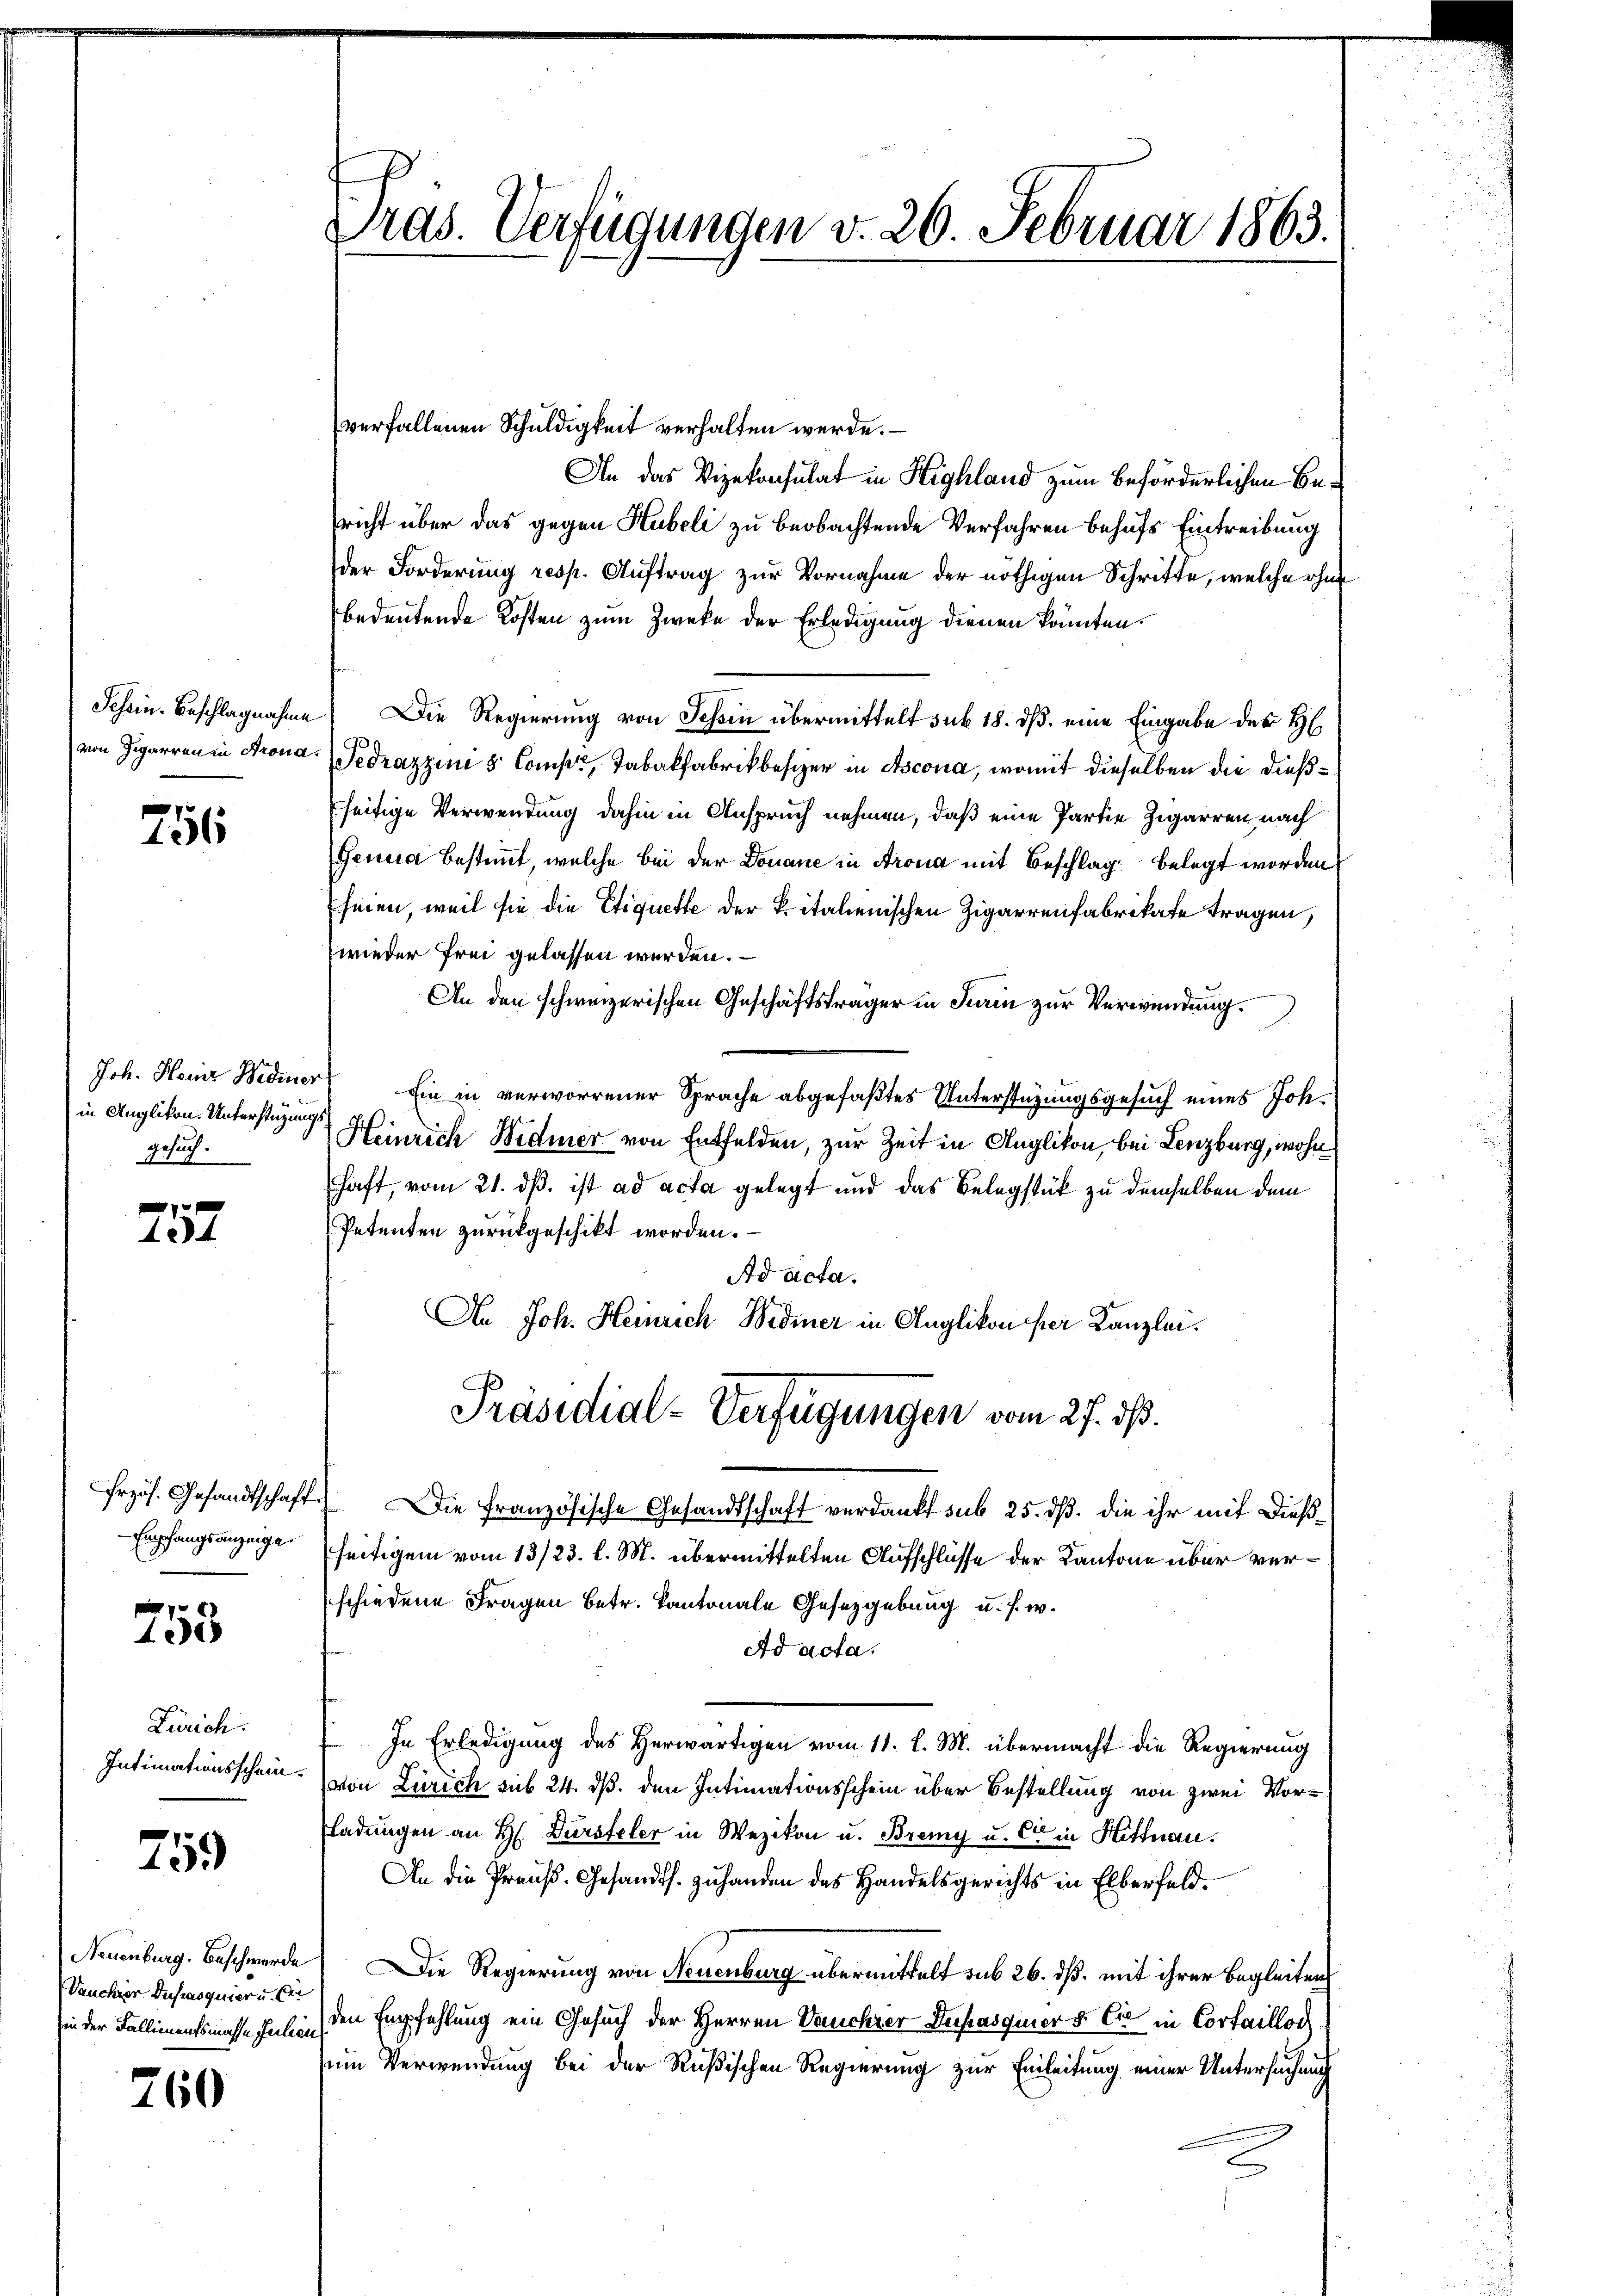
Schein. Beschlagnahme
von Zigarren in Krona.

756

in Anglikon. Unterstüzungsgesuch.

0 x
424

Erzös. Gesandtschaft.
Empfangsanzeige.

758

Zürich.
Intimationsschein.

259

Neuenburg. Beschwerde
Vanchior Dusiasquier u. der
in der Fallienaufsmasse Julier

760

Pras. Verfügunden v. 26. Februar 1863.

verfallenen Schuldigkeit verhalten werde.
An das Vizekonsulat in Highland zum Beförderlichen Bericht über das gegen Hubeli zu beobachtende Verfahren behufs Eintreibung
der Forderung resp. Auftrag zur Vornahme der nöthigen Schritte, welche ohne
bedeutende Kosten zum Zwecke der Erledigung dienen könnten.
Die Regierung von Schin übermittelt sub 18. ds. eine Eingabe der H
Fedrazzim 8 Comp., Tabakfabrikbesizer in Ascona, womit dieselben die dießseitige Verwendung dahin in Anspruch nehmen, daß eine Partie Zigarren nach
Genua bestimmt, welche bei der Donaue in Arona mit Beschlag belegt worden
seien, weil sie die Etiquette der Kitalienischen Zigarrenfabrikate tragen,
wieder frei gelassen werden.
An den schweizerischen Geschäftsträger in Turin zur Verwendung.
Joh. Heuer Wider Ein in verworrener Sprache abgefaßtes Unterstüzungsgesuch eines Joh.
Heinrich Widmer von Entfelden, zur Zeit in Anglikon, bei Lenzburg, wohn
haft, vom 21. dβ. ist ad acta gelegt und das Belegstück zu demselben dem
Petenten zurückgeschikt worden.
Ad acta.
An Joh. Heinrich Widmer in Anglikon her Kanzlei.
Präsidial-Verfügungen vom 27. dß.
Die Französische Gesandtschaft verdankt sub 25. dß. die ihr mit dießseitigem vom 13/23. l. M. übermittelten Aufschlüsse der Kantone über verschiedene Fragen betr. Kantonale Gesetzgebung u. s. w.
Ad acta.
In Erledigung des Herwärtigen vom 11. l. M. übermacht die Regierung
von Zürich sub 24. ds. den Intimationsschein über Bestellung von zwei Vorladungen an H. Dursteler in Wezikon u. Bremy u. Cet in Hittnau.
An die Preuß. Gesandts. zuhanden des Handelsgerichts in Elberfeld.
Die Regierung von Neuenburg übermittelt sub 26. dß. mit ihrer Begleiten
den Empfehlung ein Gesuch der Herren Vauchzer Dupasquier & Cie in Cortailloc
um Verwendung bei der Rußischen Regierung zur Einleitung einer Untersuchung